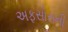
અફસોસની